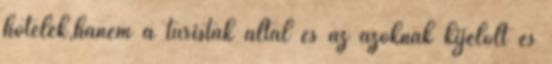
hotelek,hanem a turisták által és az azoknak kijelölt és